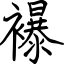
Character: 襮